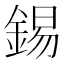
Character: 錫